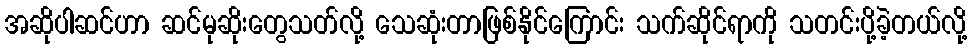
အဆိုပါဆင်ဟာ ဆင်မုဆိုးတွေသတ်လို့ သေဆုံးတာဖြစ်နိုင်ကြောင်း သက်ဆိုင်ရာကို သတင်းပို့ခဲ့တယ်လို့